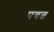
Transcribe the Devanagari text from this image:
पयत्न